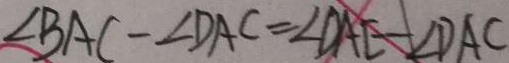
\angle B A C - \angle D A C = \angle D A E - \angle D A C